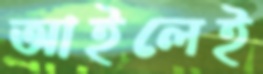
আইলেই